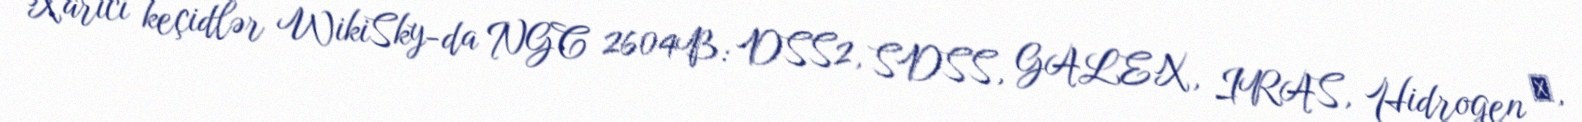
Xarici keçidlər WikiSky-da NGC 2604B: DSS2, SDSS, GALEX, IRAS, Hidrogen α,